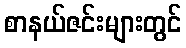
စာနယ်ဇင်းများတွင်